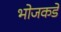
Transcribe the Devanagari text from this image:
भोजकडे